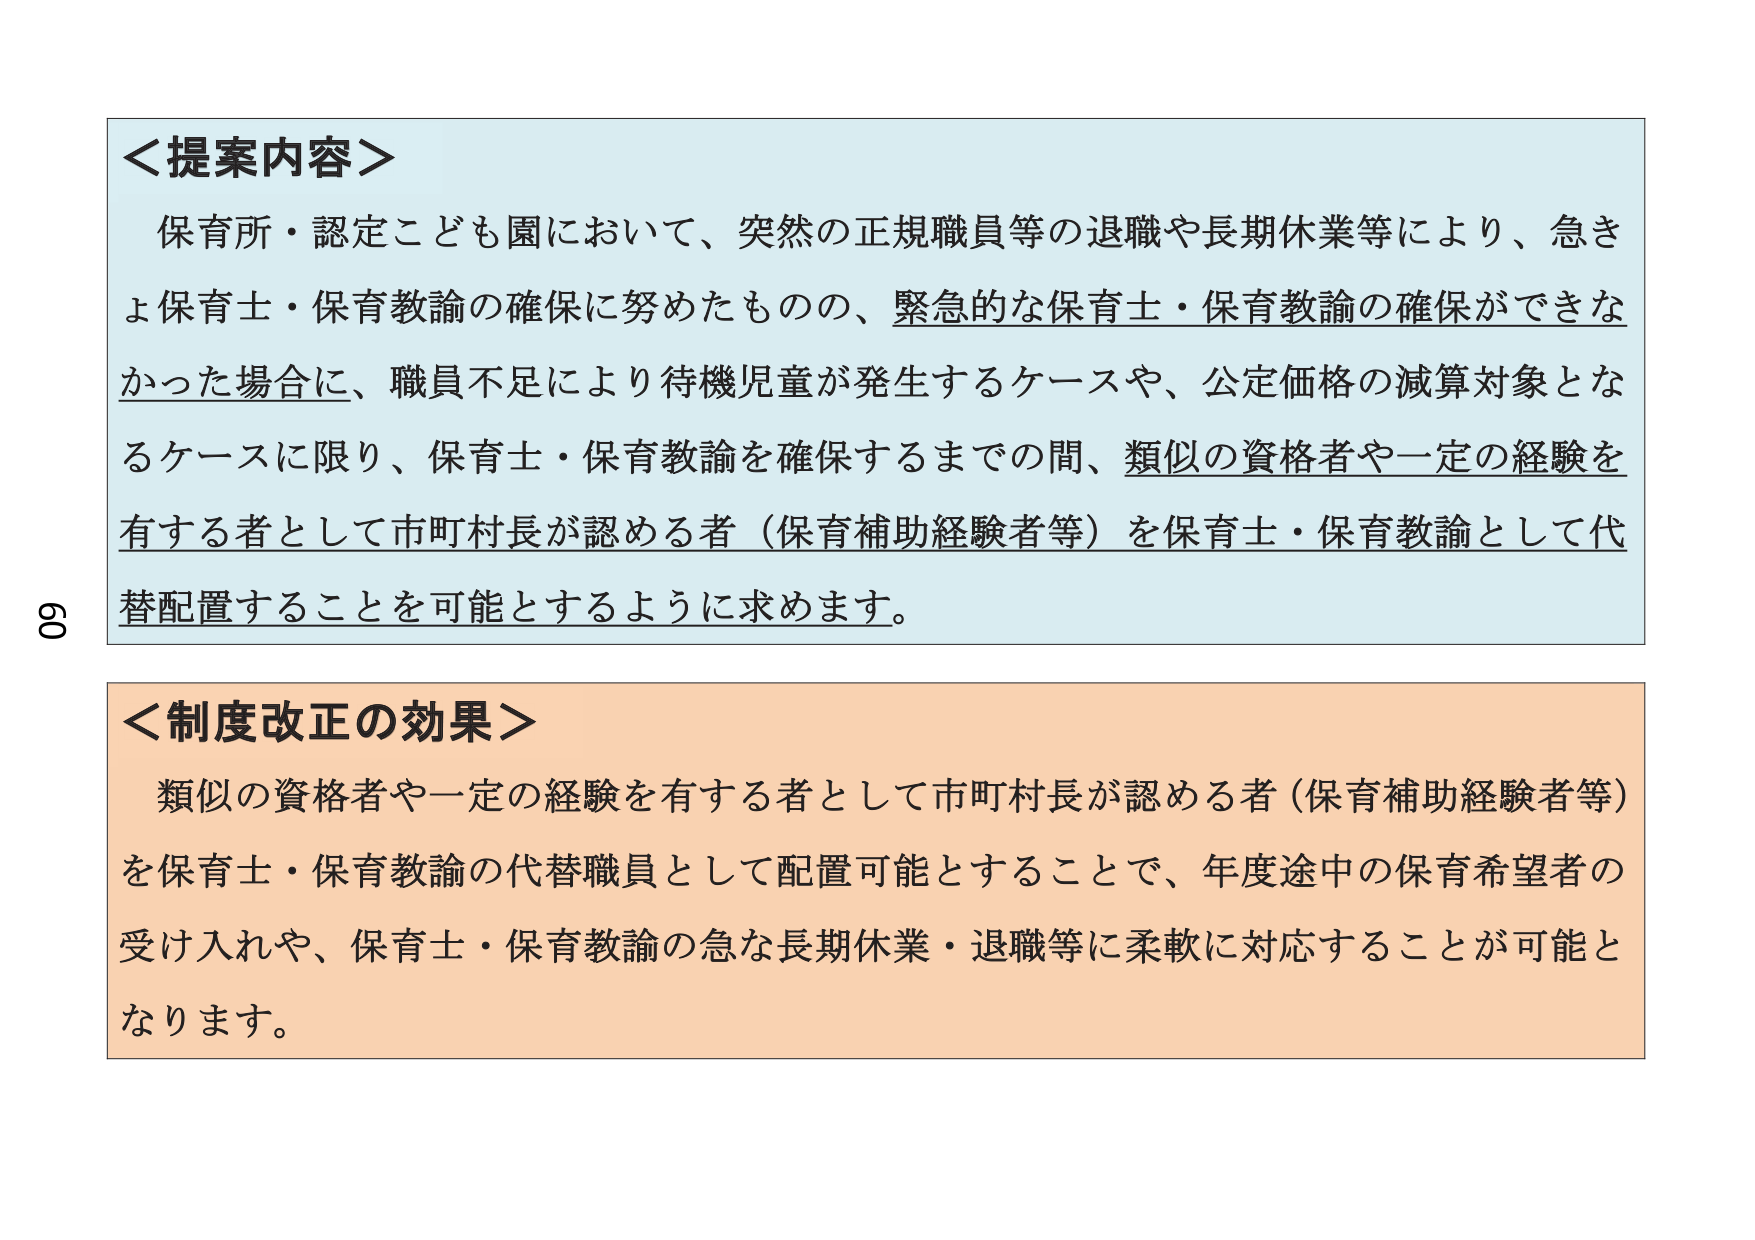
＜提案内容＞
保育所・認定こども園において、突然の正規職員等の退職や長期休業等により、急きょ保育士・保育教諭の確保に努めたものの、緊急的な保育士・保育教諭の確保ができなかった場合に、職員不足により待機児童が発生するケースや、公定価格の減算対象となるケースに限り、保育士・保育教諭を確保するまでの間、類似の資格者や一定の経験を有する者として市町村長が認める者（保育補助経験者等）を保育士・保育教諭として代替配置することを可能とするように求めます。

＜制度改正の効果＞
類似の資格者や一定の経験を有する者として市町村長が認める者（保育補助経験者等）を保育士・保育教諭の代替職員として配置可能とすることで、年度途中の保育希望者の受け入れや、保育士・保育教諭の急な長期休業・退職等に柔軟に対応することが可能となります。